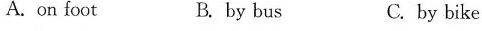
A.on foot B.by bus C. by bike